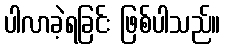
ပါလာခဲ့ရခြင်း ဖြစ်ပါသည်။